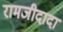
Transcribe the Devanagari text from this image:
रामजीदादा